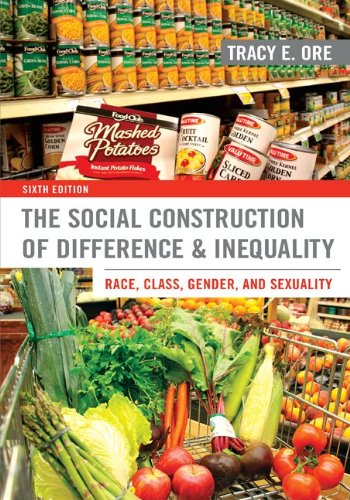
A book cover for The Social Construction of Difference and Inequality: Race, Class, Gender, and Sexuality; Tracy Ore; Politics & Social Sciences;